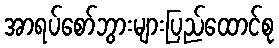
အာရပ်စော်ဘွားများပြည်ထောင်စု